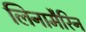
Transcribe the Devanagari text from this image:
लिनामैरिन